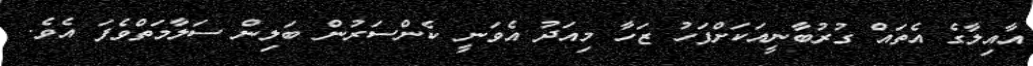
އާއިލާގެ އެތައް ގުރުބާނީއަކަށްފަހު ޒަހާ މިއަދު އެވަނީ ކެންސަރުން ބަލިން ސަލާމަތްވެފަ އެވެ.